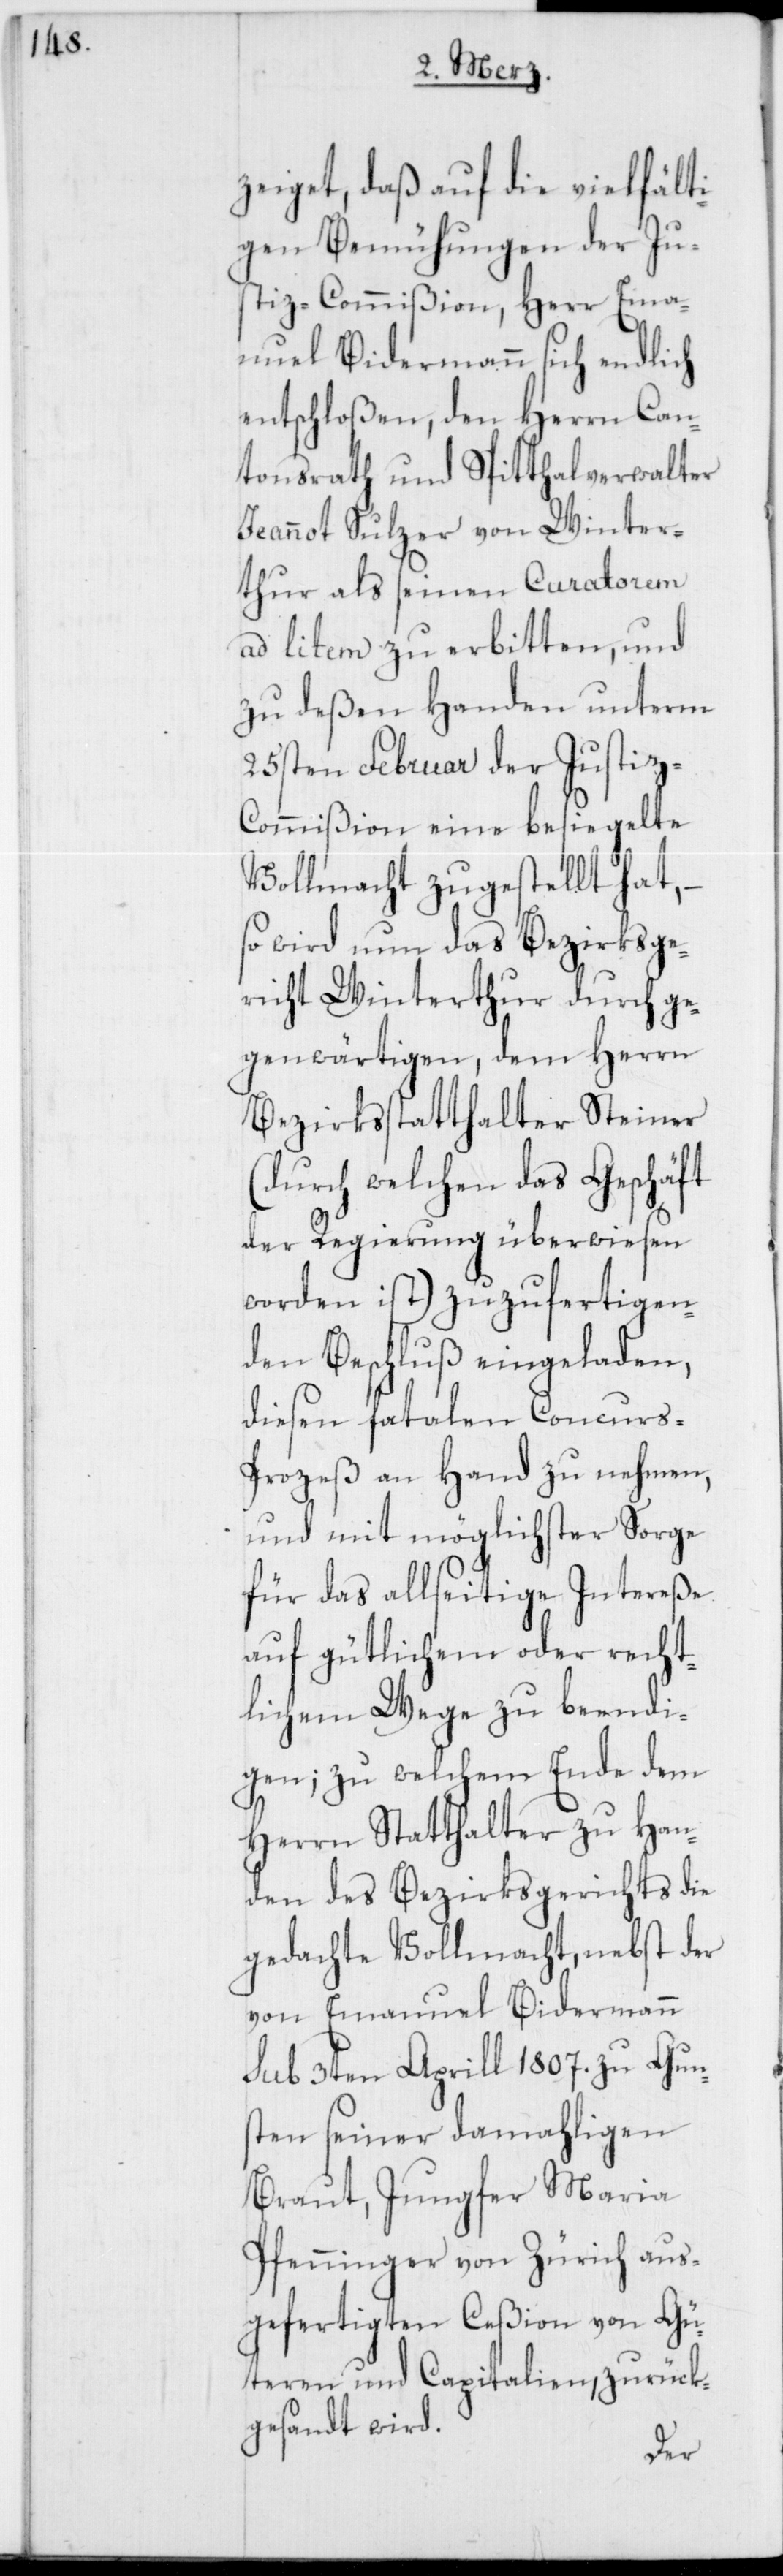
zeiget, daß auf die vielfält¬
igen Bemühungen der Ju¬
stiz-Commißion, Herr Ema¬
nuel Biedermann sich endlich
entschloßen, den Herrn Can¬
tonsrath und Spitthalverwalter
Jeannot Sulzer von Winter¬
thur als seinen Curatorem
ad litem zu erbitten, und
zu deßen Handen unterm
25sten Februar der Justiz-C¬
ommißion eine besiegelte
Vollmacht zugestellt hat,
so wird nun das Bezirksge¬
richt Winterthur durch ge¬
genwärtigen, dem Herrn
Bezirksstatthalter Steiner
(durch welchen das Geschäft
der Regierung überwiesen
worden ist) zuzufertigen¬
den Beschluß eingeladen,
diesen fatalen Concurs-P¬
rozeß an Hand zu nehmen,
und mit möglichster Sorge
für das allseitige Intereße
auf gütlichem oder recht¬
lichem Wege zu beendi¬
gen; zu welchem Ende dem
Herrn Statthalter zu Han¬
den des Bezirksgerichts die
gedachte Vollmacht, nebst der
von Emanuel Biedermann
sub 3ten Aprill 1807. zu Guns¬
ten seiner damahligen
Braut, Jungfer Maria
Pfenninger von Zürich aus¬
gefertigten Ceßion von Gü¬
teren und Capitalien, zurück¬
gesandt wird.